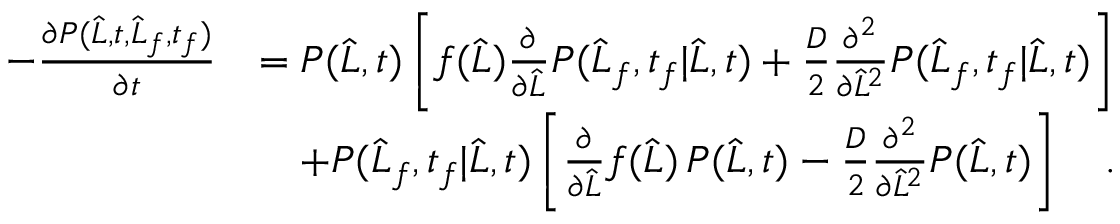
\begin{array} { r l } { - \frac { \partial P ( \widehat { L } , t , \widehat { L } _ { f } , t _ { f } ) } { \partial t } } & { = P ( \widehat { L } , t ) \left[ f ( \widehat { L } ) \frac { \partial } { \partial \widehat { L } } P ( \widehat { L } _ { f } , t _ { f } | \widehat { L } , t ) + \frac { D } { 2 } \frac { \partial ^ { 2 } } { \partial \widehat { L } ^ { 2 } } P ( \widehat { L } _ { f } , t _ { f } | \widehat { L } , t ) \right] } \\ & { \ \ \ + P ( \widehat { L } _ { f } , t _ { f } | \widehat { L } , t ) \left[ \frac { \partial } { \partial \widehat { L } } f ( \widehat { L } ) \, P ( \widehat { L } , t ) - \frac { D } { 2 } \frac { \partial ^ { 2 } } { \partial \widehat { L } ^ { 2 } } P ( \widehat { L } , t ) \right] \quad . } \end{array}